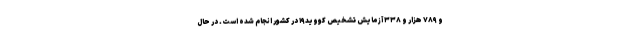
و ۷۸۹ هزار و ۳۳۸ آزمایش تشخیص کووید۱۹ در کشور انجام شده است. در حال